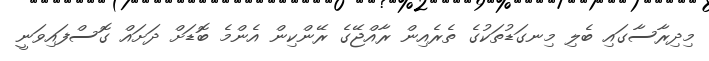
މިދިރާސާގައި ބެލި މިނގަޑުތަކުގެ ތެރެއިން ރާއްޖޭގެ ރޭންކިން އެންމެ ބޮޑަށް ދަށައް ގޮސްފައިވަނީ